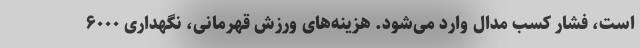
است، فشار کسب مدال‌ وارد می‌شود. هزینه‌های ورزش قهرمانی، نگهداری ۶۰۰۰